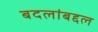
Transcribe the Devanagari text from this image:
बदलांबद्दल